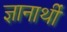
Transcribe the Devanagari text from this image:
ज्ञानार्थी